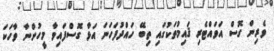
ވެރިން ގޮސް އަވައްޓެރި ޤައިމުތަކުގައި ތިބޭ ހައްދުފަހަނަ އަޅާ ގޮސްފައިވާ މީހުންނާ ވާހަކަ